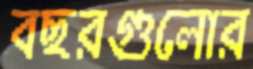
বছরগুলোর